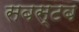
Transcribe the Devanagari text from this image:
सबस्टब